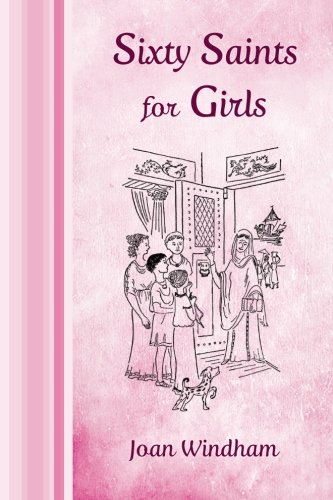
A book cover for Sixty Saints for Girls; Joan Windham; Children's Books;